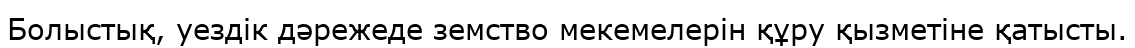
Болыстық, уездік дәрежеде земство мекемелерін құру қызметіне қатысты.